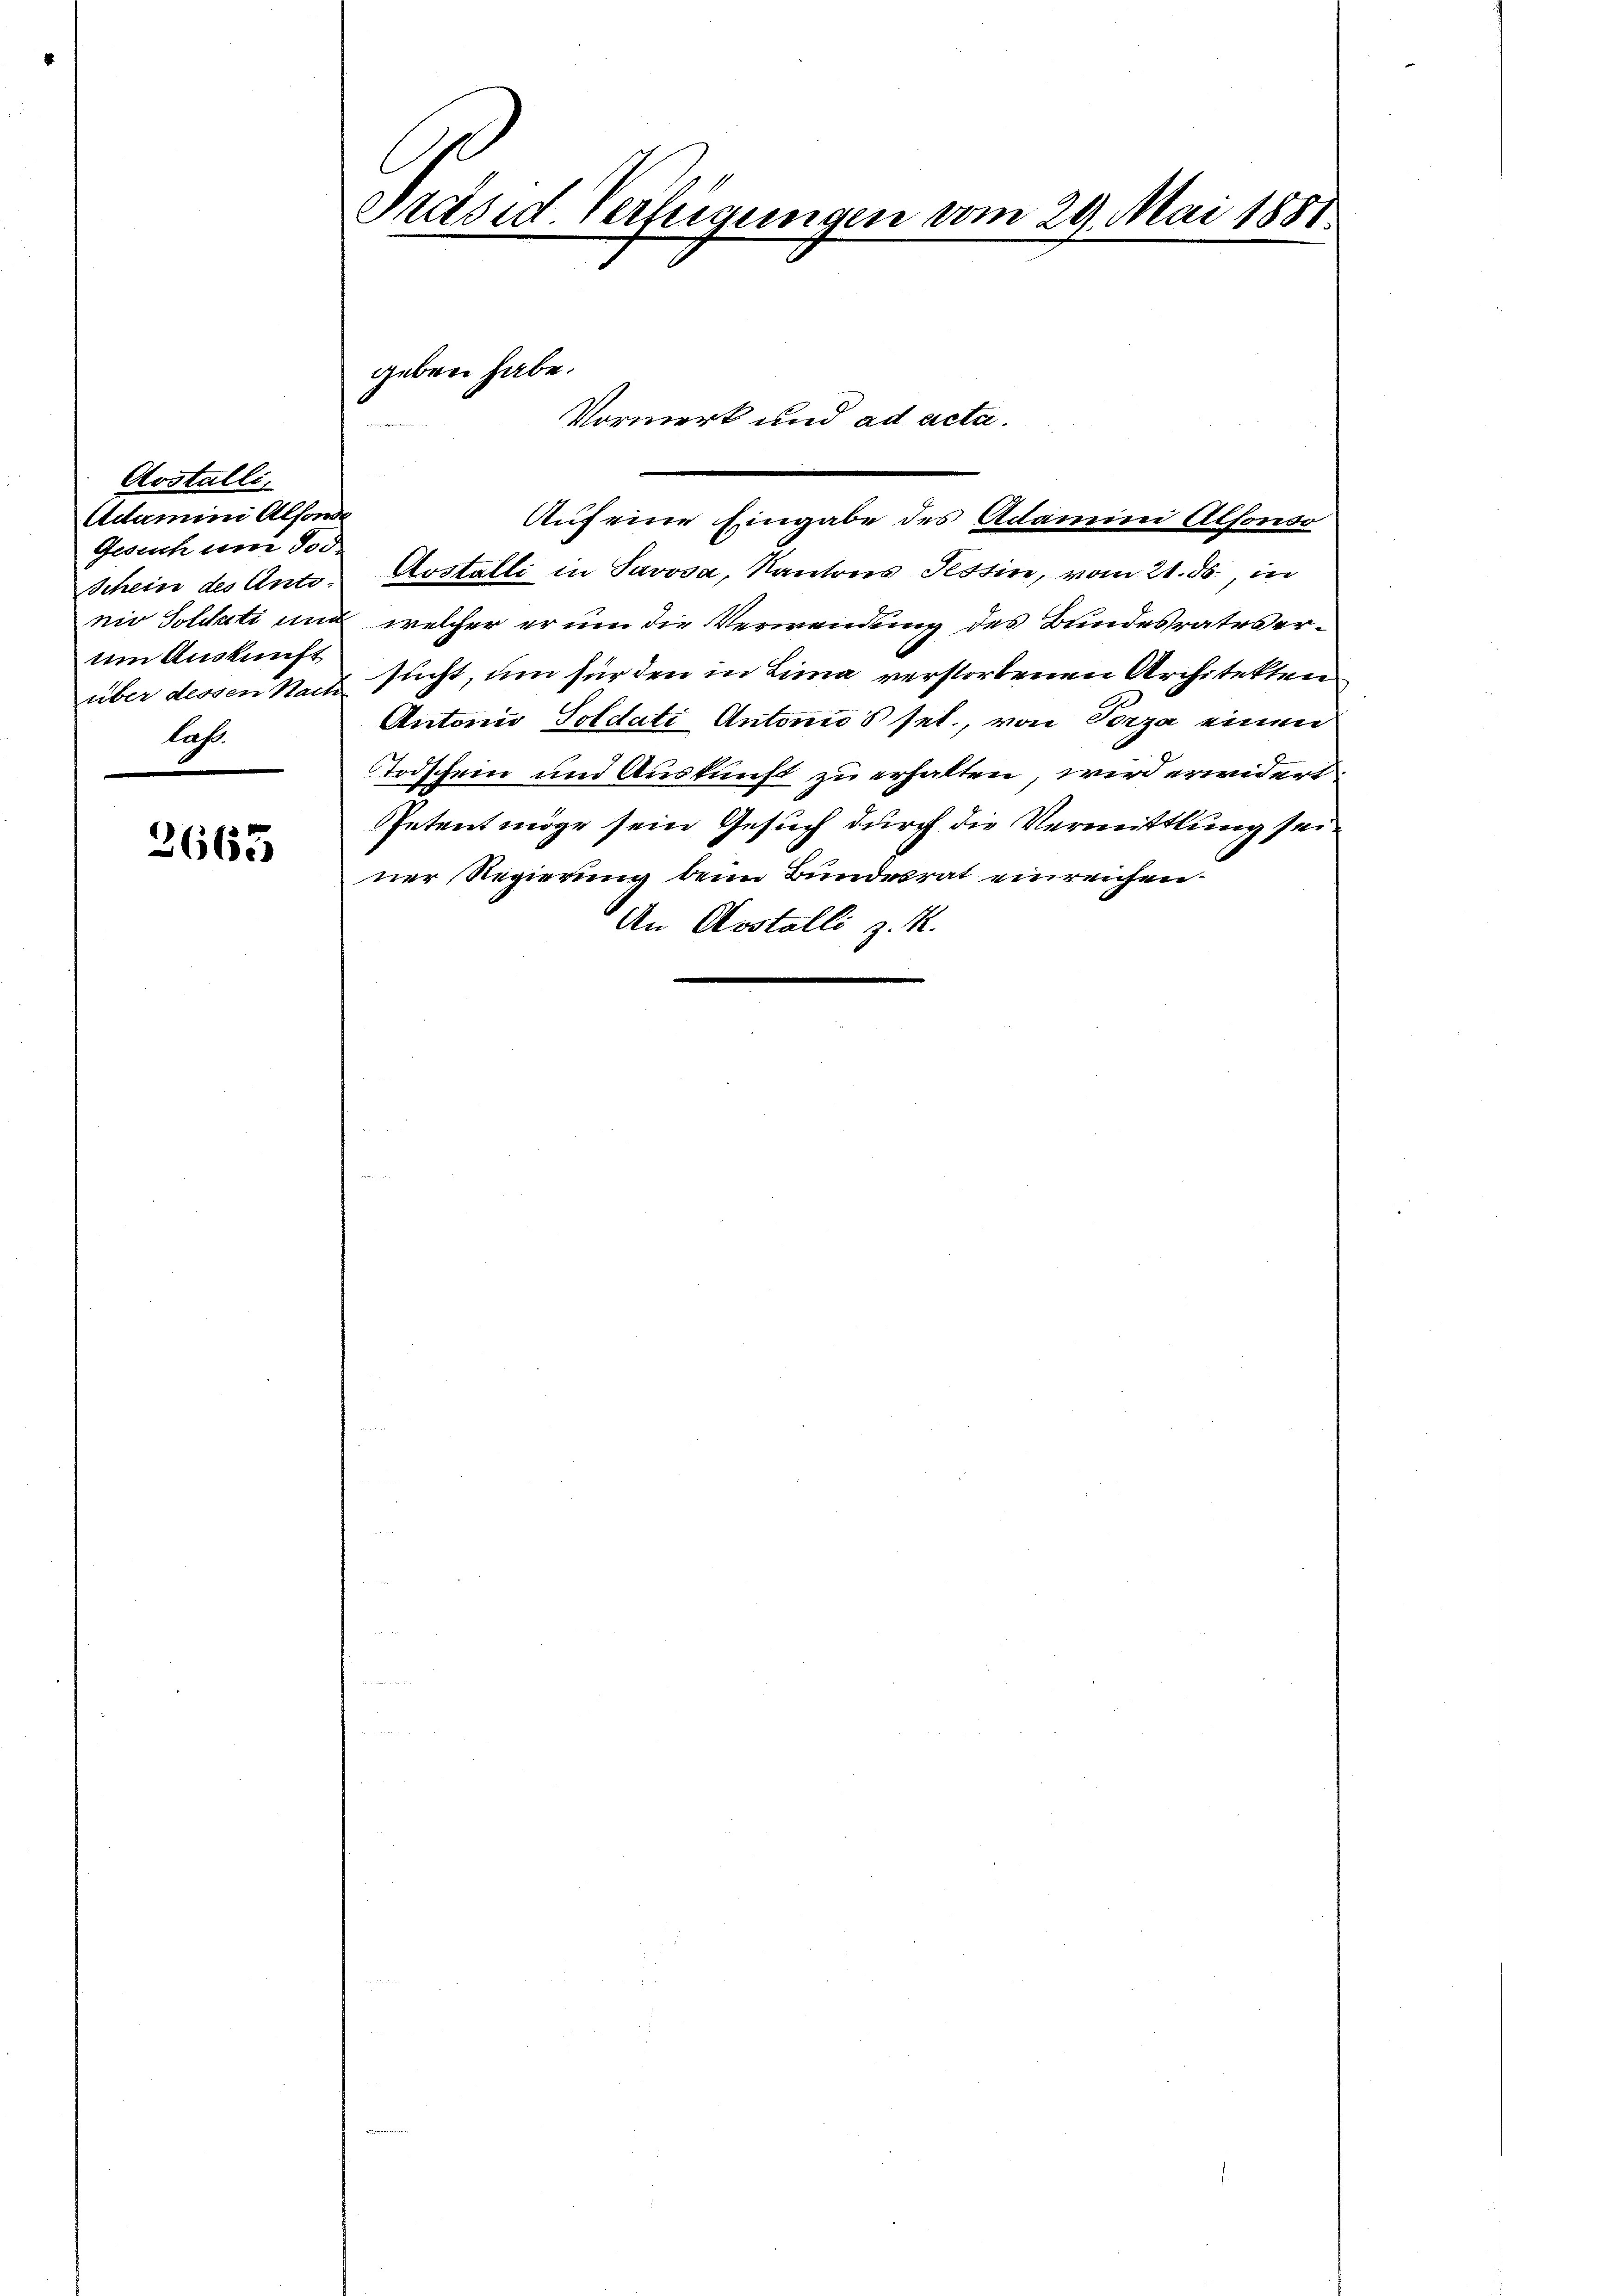
2665

Aostalli
Adamini Absonde
Gesuch und Tod
über dessen Nach
laß.

A
Präsid. Verfügungen vom 29. Mai 1881.

Auf eine Eingabe des Adamini Alfonso
Schein des Anto. Aostalli in Savosa, Kantons Tessin, vom 21. ds., in
nio Soldati und welcher er um die Verwendung des Bundesrates erum Auskunft sucht, um für den in Lina verstorbenen Architekten
Antonio Soldati Antonio's sel., von Porza einen
Todschein und Auskunft zu erhalten, wird erwidert.
Petent möge sein Gesuch durch die Vermittlung seiner Regierung beim Bundesrat einreichen.
An Aostalli z. R.
.

geben habe.
Vormerk und ad acta.
e